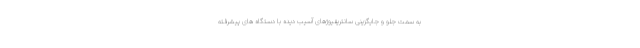
به سمت جلو و جایگزینی سانتریفیوژهای آسیب دیده با دستگاه های پیشرفته